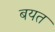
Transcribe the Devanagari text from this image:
बयत